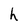
Character: h